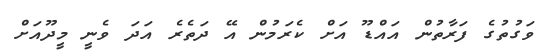
ވަގުތުގެ ފަރާތުން އައްޑޫ އަށް ކެރަމުން އޭ ދަތެރެ އަދަ ވެނީ މީދޫއަށް